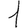
Digit: 1